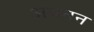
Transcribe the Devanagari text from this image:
अपतन